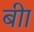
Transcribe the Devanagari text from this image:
बीा